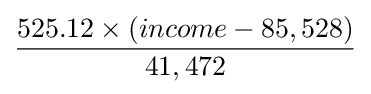
525.12\times (income-85,528) \over 41,472